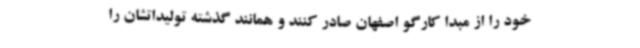
خود را از مبدا کارگو اصفهان صادر کنند و همانند گذشته تولیداتشان را